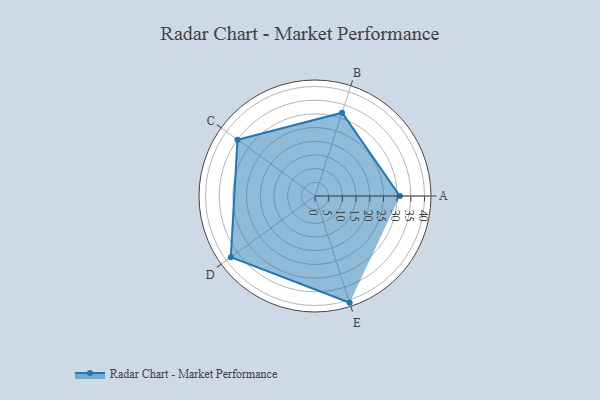
{"axis": {"x": "Skill", "y": "Score"}, "legend": ["Profile"], "data": [{"x": "A", "y": 31.0, "type": "Profile"}, {"x": "B", "y": 32.0, "type": "Profile"}, {"x": "C", "y": 35.0, "type": "Profile"}, {"x": "D", "y": 38.0, "type": "Profile"}, {"x": "E", "y": 41.0, "type": "Profile"}]}